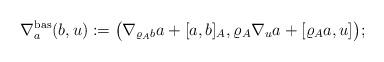
LaTeX: \begin{align*}\nabla^{\mathrm{bas}}_a(b,u):=\big(\nabla_{\varrho_A b}a+[a,b]_A,\varrho_A\nabla_{u}a+[\varrho_A a,u]\big);\end{align*}